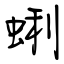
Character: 蜊